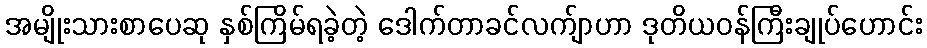
အမျိုးသားစာပေဆု နှစ်ကြိမ်ရခဲ့တဲ့ ဒေါက်တာခင်လက်ျာဟာ ဒုတိယဝန်ကြီးချုပ်ဟောင်း